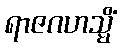
ရာဇဂဟသ္မိံ